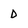
Character: D